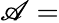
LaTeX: \mathscr{A}=